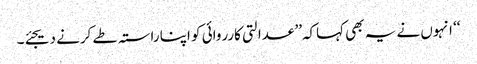
‘‘ انہوں نے یہ بھی کہاکہ’’ عدالتی کارروائی کو اپنا راستہ طے کرنے دیجئے۔